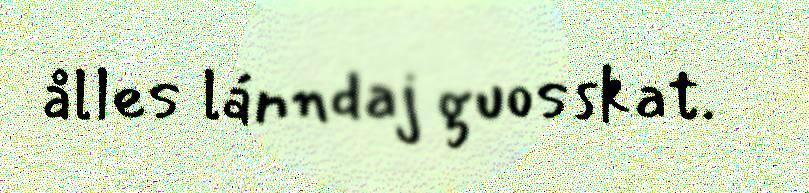
ålles lánndaj guosskat.